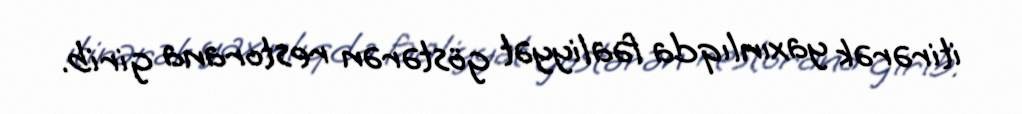
itirərək yaxınlıqda fəaliyyət göstərən restorana girib.